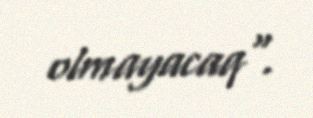
olmayacaq".